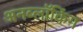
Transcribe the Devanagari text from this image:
अनब्लॉकिंग